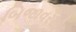
બિજાવરથી